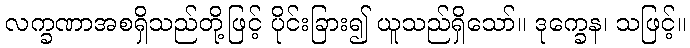
လက္ခဏာအစရှိသည်တို့ဖြင့် ပိုင်းခြား၍ ယူသည်ရှိသော်။ ဒုက္ခေန၊ သဖြင့်။